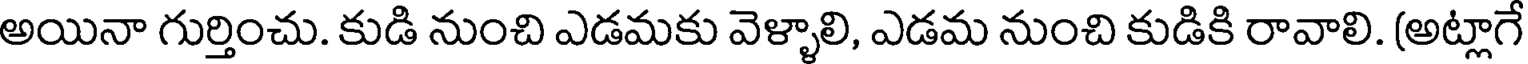
అయినా గుర్తించు. కుడి నుంచి ఎడమకు వెళ్ళాలి, ఎడమ నుంచి కుడికి రావాలి. (అట్లాగే